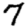
Digit: 7